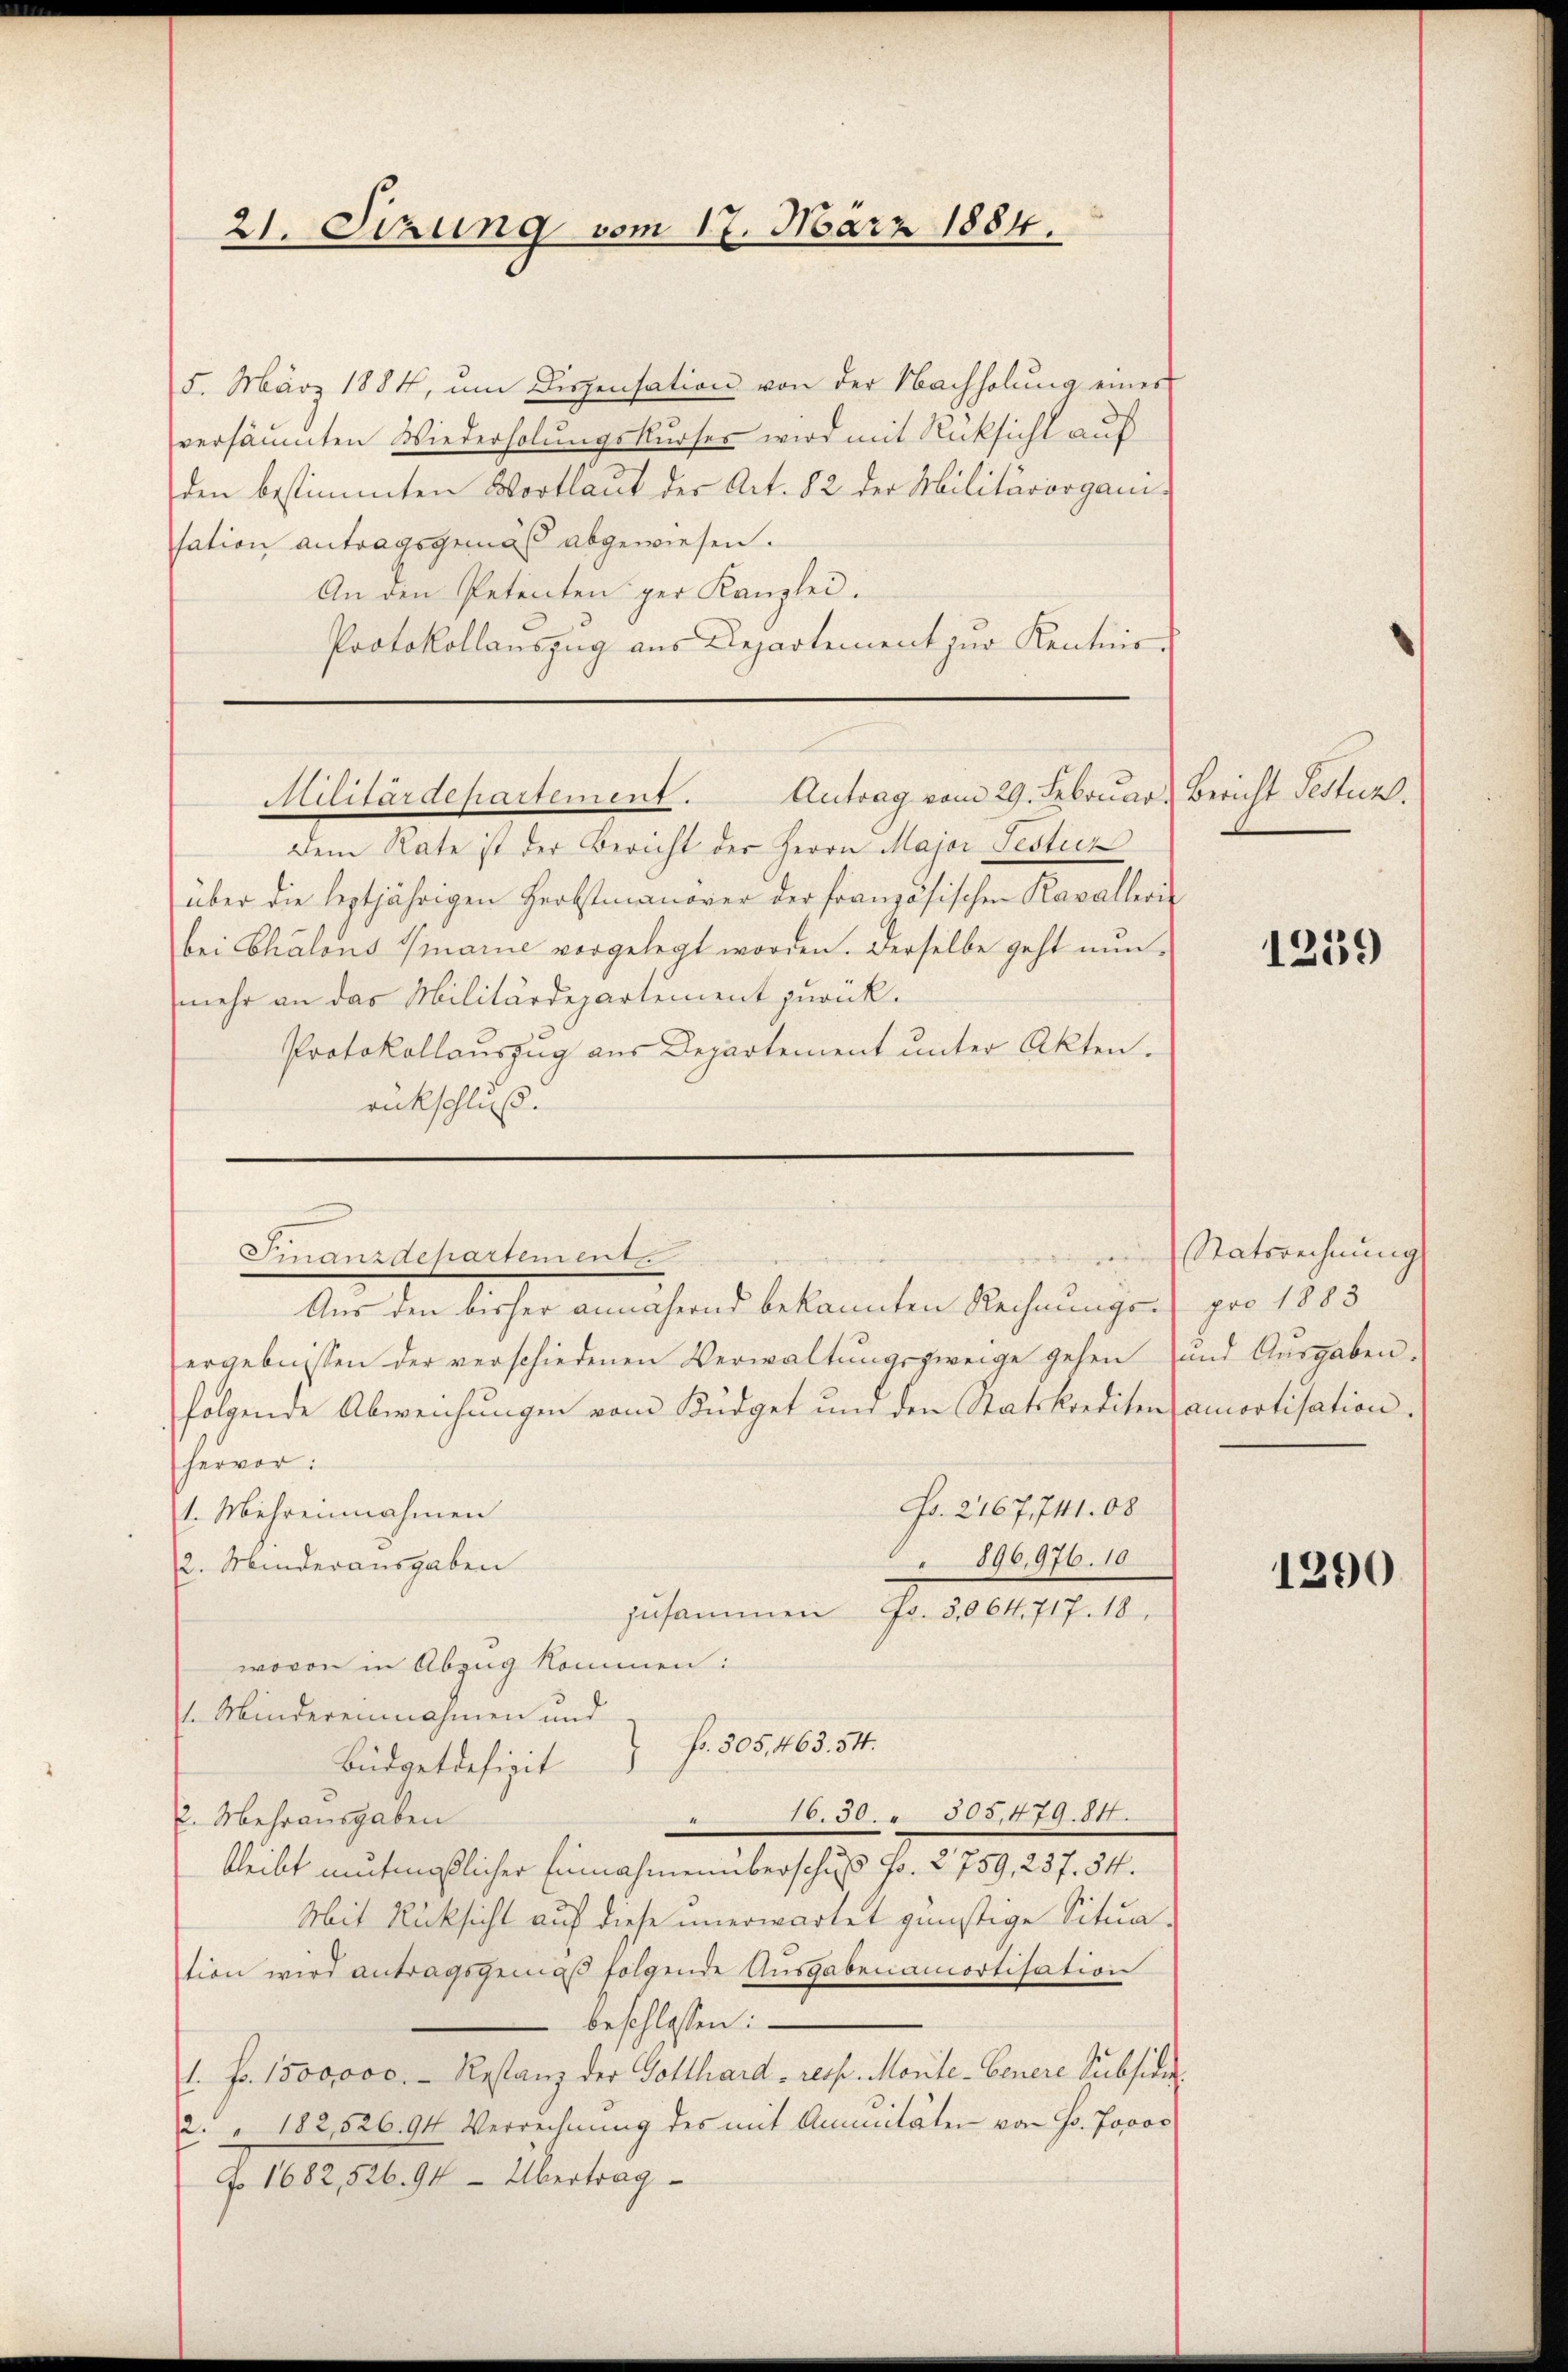
21. Sizung vom 17. März 1884.

5. März 1884, ŭm Dispensation von der Nachholŭng einer
versäumten Wiederholungskurses wird mit Rücksicht auf
den bestimmten Wortlaut der Art. 82 der Militärorganisation antragsgemäß abgewiesen.
An den Petenten per Kanzlei.
Protokollauszug aus Departement zur Kentnis.

Militärdepartement. Antrag vom 29. Februar, Bericht Festur

Dem Rate ist der Bericht der Herrn Major Festur
über die leztjährigen Herbstmanover der französischen Kavalleris
bei Chalons marie vorgelegt worden. Derselbe geht nunmehr an das Militärdepartement zurück.
Protokollauszug aus Departement unter Akten.
rückschluß.
.

Finanzdepartemente
Aus den dieser annähernd bekannten Rechnungen

ergebnissen der verschiedenen Verwaltungszweige gehen, und Ausgaben.
folgende Abweichungen vom Büdget und den Statskrediten amortisation.
hervor:
Fr. 2167, 711.08
1. Mehreinnahmen
896,976. 10
2. Minderausgaben
zusammen Fr. 5064. 717. 18.
wovon in Abzug kommen:
 Mindereinnahmen und
Büdgetdefizit fr. 505, 463. 54.
16.50. 305, 479. 84.
2. Mehrausgaben
bleibt mutmaßlicher Einnahmen überschuß Fr. 2759, 237. 54.
Mit Rücksicht auf diese unerwartet günstige Situa-
tion wird antragsgemäß folgende Ausgabenamortisation
beschlossen:
1. fr. 1500000. Restanz der Gotthard - resp. Monte- Genere Subside
2. " 182,526. 94 Verrechnung des mit Annuitäten von Hr. Jovor
f. 1682,526. 94 Übertrag

1239

Statsrechnung
pro 1883

1290